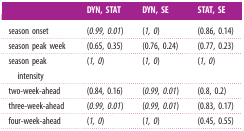
|  | DYN, STAT | DYN, SE | STAT, SE |
 | --- | --- | --- | --- |
 | season onset | (0.99, 0.01) | (1, 0) | (0.86, 0.14) |
 | season peak week | (0.65, 0.35) | (0.76, 0.24) | (0.77, 0.23) |
 | season peak intensity | (1, 0) | (1, 0) | (1, 0) |
 | two-week-ahead | (0.84, 0.16) | (0.99, 0.01) | (0.8, 0.2) |
 | three-week-ahead | (0.99, 0.01) | (0.99, 0.01) | (0.83, 0.17) |
 | four-week-ahead | (1, 0) | (1, 0) | (0.45, 0.55) |